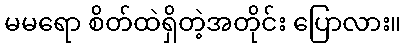
မမရော စိတ်ထဲရှိတဲ့အတိုင်း ပြောလား။